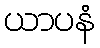
ယာပနံ